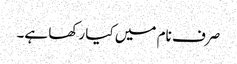
صرف نام میں کیا رکھا ہے۔